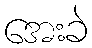
အေးခဲ